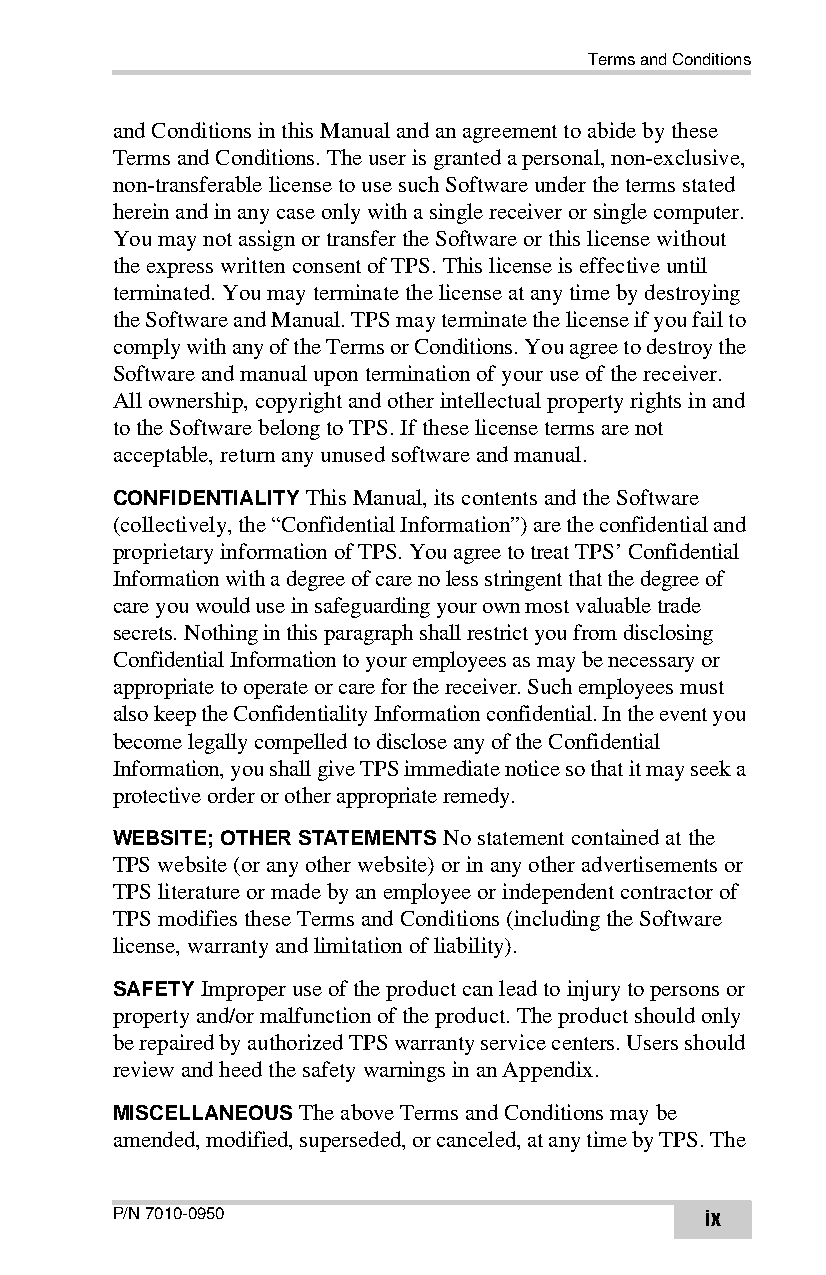
Terms and Conditions
 and Conditions in this Manual and an agreement to abide by these
 Terms and Conditions. The user is granted a personal, non-exclusive,
 non-transferable license to use such Software under the terms stated
 herein and in any case only with a single receiver or single computer.
 You may not assign or transfer the Software or this license without
 the express written consent of TPS. This license is effective until
 terminated. You may terminate the license at any time by destroying
 the Software and Manual. TPS may terminate the license if you fail to
 comply with any of the Terms or Conditions. You agree to destroy the
 Software and manual upon termination of your use of the receiver.
 All ownership, copyright and other intellectual property rights in and
 to the Software belong to TPS. If these license terms are not
 acceptable, return any unused software and manual.
 CONFIDENTIALITY This Manual, its contents and the Software
 (collectively, the “Confidential Information”) are the confidential and
 proprietary information of TPS. You agree to treat TPS’ Confidential
 Information with a degree of care no less stringent that the degree of
 care you would use in safeguarding your own most valuable trade
 secrets. Nothing in this paragraph shall restrict you from disclosing
 Confidential Information to your employees as may be necessary or
 appropriate to operate or care for the receiver. Such employees must
 also keep the Confidentiality Information confidential. In the event you
 become legally compelled to disclose any of the Confidential
 Information, you shall give TPS immediate notice so that it may seek a
 protective order or other appropriate remedy.
 WEBSITE; OTHER STATEMENTS No statement contained at the
 TPS website (or any other website) or in any other advertisements or
 TPS literature or made by an employee or independent contractor of
 TPS modifies these Terms and Conditions (including the Software
 license, warranty and limitation of liability).
 SAFETY Improper use of the product can lead to injury to persons or
 property and/or malfunction of the product. The product should only
 be repaired by authorized TPS warranty service centers. Users should
 review and heed the safety warnings in an Appendix.
 MISCELLANEOUS The above Terms and Conditions may be
 amended, modified, superseded, or canceled, at any time by TPS. The
 P/N 7010-0950                           ix